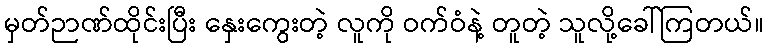
မှတ်ဉာဏ်ထိုင်းပြီး နှေးကွေးတဲ့ လူကို ဝက်ဝံနဲ့ တူတဲ့ သူလို့ခေါ်ကြတယ်။